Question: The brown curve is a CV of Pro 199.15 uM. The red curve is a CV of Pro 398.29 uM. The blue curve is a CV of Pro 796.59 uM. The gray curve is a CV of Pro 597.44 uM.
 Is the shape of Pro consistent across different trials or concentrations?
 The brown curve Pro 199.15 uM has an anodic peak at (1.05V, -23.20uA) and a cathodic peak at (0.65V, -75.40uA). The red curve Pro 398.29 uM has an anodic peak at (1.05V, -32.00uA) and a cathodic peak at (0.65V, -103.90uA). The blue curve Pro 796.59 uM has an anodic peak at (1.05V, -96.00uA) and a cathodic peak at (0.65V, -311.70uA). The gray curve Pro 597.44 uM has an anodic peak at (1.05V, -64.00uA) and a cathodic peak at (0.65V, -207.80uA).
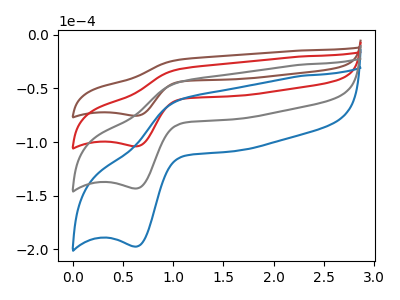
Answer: <think>All the peaks in "Pro 199.15 uM" have a peak in "Pro 398.29 uM" at the same potential. All the peaks in "Pro 199.15 uM" have a peak in "Pro 796.59 uM" at the same potential. All the peaks in "Pro 199.15 uM" have a peak in "Pro 597.44 uM" at the same potential. All the peaks in "Pro 398.29 uM" have a peak in "Pro 796.59 uM" at the same potential. All the peaks in "Pro 398.29 uM" have a peak in "Pro 597.44 uM" at the same potential. All the peaks in "Pro 796.59 uM" have a peak in "Pro 597.44 uM" at the same potential.
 </think>
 <answer>All the CV's of "Pro" have similar shape.</answer>
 <eval>follow_rule</eval>